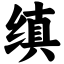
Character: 缜